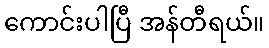
ကောင်းပါပြီ အန်တီရယ်။